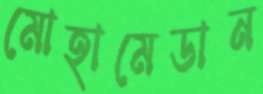
মোহামেডান